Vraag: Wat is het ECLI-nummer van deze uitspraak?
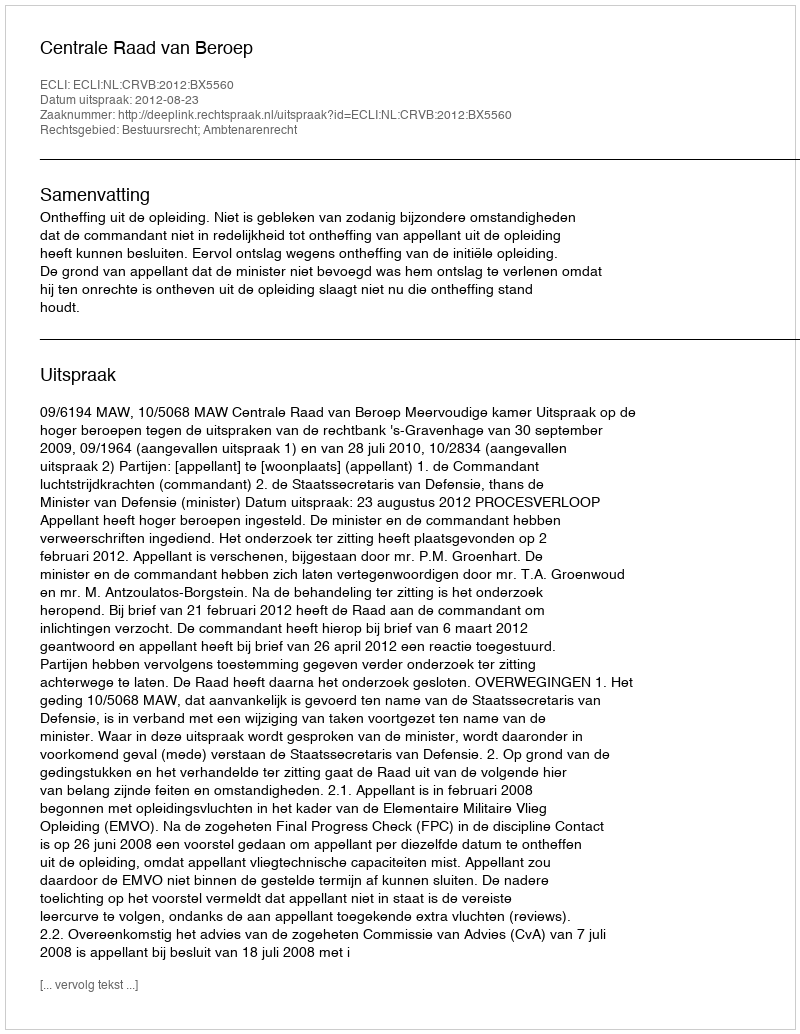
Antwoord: ECLI:NL:CRVB:2012:BX5560